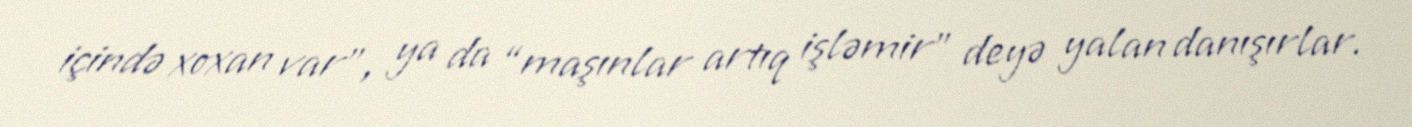
içində xoxan var", ya da “maşınlar artıq işləmir” deyə yalan danışırlar.